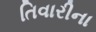
તિવારીના